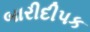
બારીદીપક